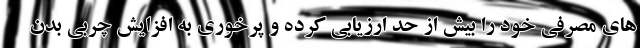
های مصرفی خود را بیش از حد ارزیابی کرده و پرخوری به افزایش چربی بدن